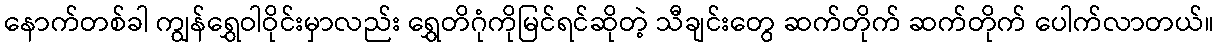
နောက်တစ်ခါ ကျွန်ရွှေဝါဝိုင်းမှာလည်း ရွှေတိဂုံကိုမြင်ရင်ဆိုတဲ့ သီချင်းတွေ ဆက်တိုက် ဆက်တိုက် ပေါက်လာတယ်။